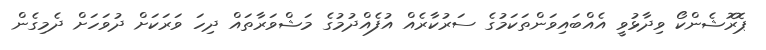
ޕޮރޮޝެންކޯ ވިދާޅުވީ އެއްބައިވަންތަކަމުގެ ސަރުކާރެއް އުފެއްދުމުގެ މަޝްވަރާތައް ދިހަ ވަރަކަށް ދުވަހަށް ދެމިގެން